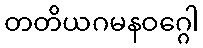
တတိယဂမနဝဂ္ဂေါ